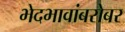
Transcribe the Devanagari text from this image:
भेदभावांबरोबर